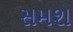
સમશ